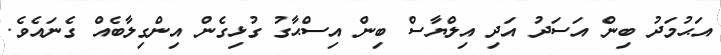
އަޙުމަދު ބިން އަސަދު އަދި އިލްޔާސް ބިން އިސްޙާގު ގުޅިގެން އިންގިލާބެއް ގެނައެވެ.